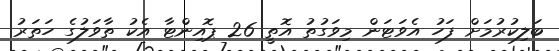
ބަލިކުރުމަށް ފަހު އެވަޓަން މިވަގުތު އޮތީ 26 ޕޮއިންޓާ އެކު ތާވަލުގެ ހަތަރު